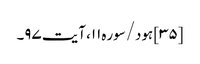
[۳۵] ہود/سوره۱۱، آیت ۹۷۔